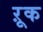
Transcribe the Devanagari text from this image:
ऱूक